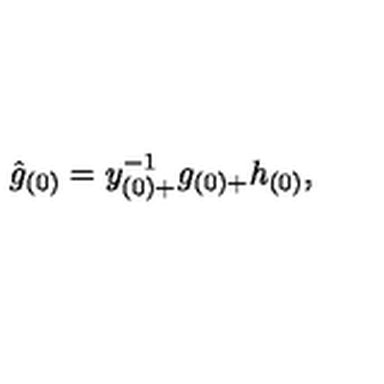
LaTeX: \hat { g } _ { ( 0 ) } = y _ { ( 0 ) + } ^ { - 1 } g _ { ( 0 ) + } h _ { ( 0 ) } ,